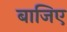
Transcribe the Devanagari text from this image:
बाजिए